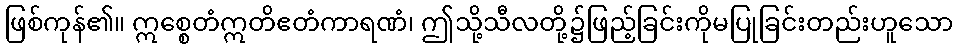
ဖြစ်ကုန်၏။ ဣစ္စေတံဣတိဧတံကာရဏံ၊ ဤသို့သီလတို့၌ဖြည့်ခြင်းကိုမပြုခြင်းတည်းဟူသော